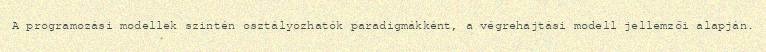
A programozási modellek szintén osztályozhatók paradigmákként, a végrehajtási modell jellemzői alapján.